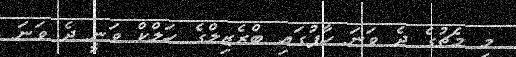
މި މެޗުގެ ދެ ވަނަ ހާފުގައި ބްރެޒިލްގެ ހަލްކް ވަނީ ދެ ވަނަ